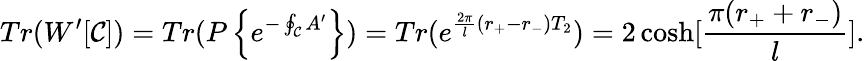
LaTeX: Tr(W^{\prime}[{\cal C}])=Tr(P\left\{ e^{-\oint_{\cal C}A^{\prime}}\right\} )=Tr(e^{{{\frac{2\pi}{l}}(r_{+}-r_{-})}T_{2}})=2\cosh[{\frac{\pi(r_{+}+r_{-})}{l}}].